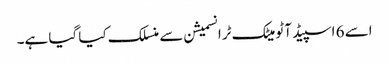
اسے 6 اسپیڈ آٹو میٹک ٹرانسمیشن سے منسلک کیا گیا ہے۔